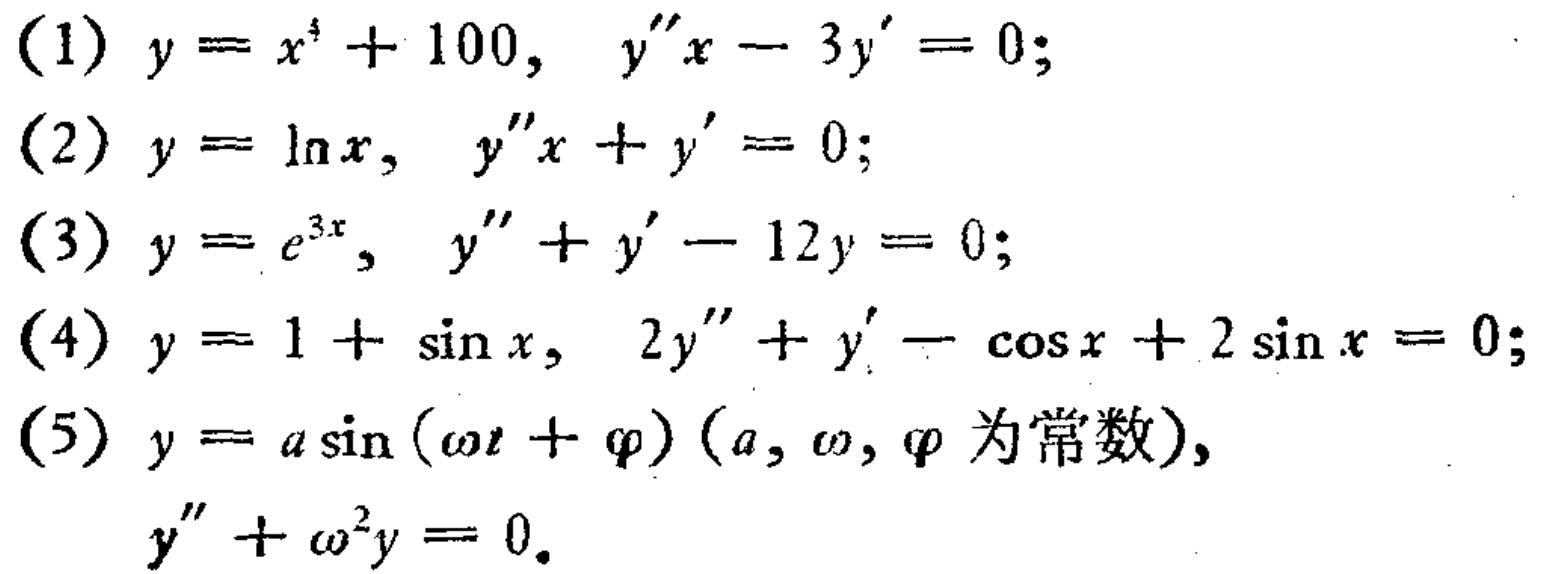
(1) \(y = x^{4}+100,\ y''x - 3y' = 0\);
(2) \(y=\ln x,\ y''x + y' = 0\);
(3) \(y = e^{3x},\ y'' + y' - 12y = 0\);
(4) \(y = 1+\sin x,\ 2y'' + y'-\cos x + 2\sin x = 0\);
(5) \(y = a\sin(\omega t+\varphi)\) (\(a,\omega,\varphi\) 为常数), \(y''+\omega^{2}y = 0\).